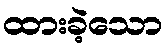
ထားခဲ့သော